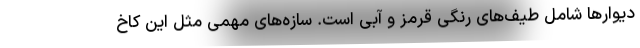
دیوارها شامل طیف‌های رنگی قرمز و آبی است. سازه‌های مهمی مثل این کاخ